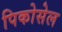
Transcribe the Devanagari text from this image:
पिकोसेल